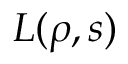
L ( \rho , s )